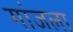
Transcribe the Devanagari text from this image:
गांजला